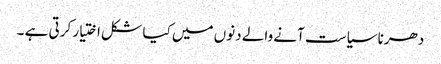
دھرنا سیاست آنے والے دنوں میں کیا شکل اختیار کرتی ہے ۔